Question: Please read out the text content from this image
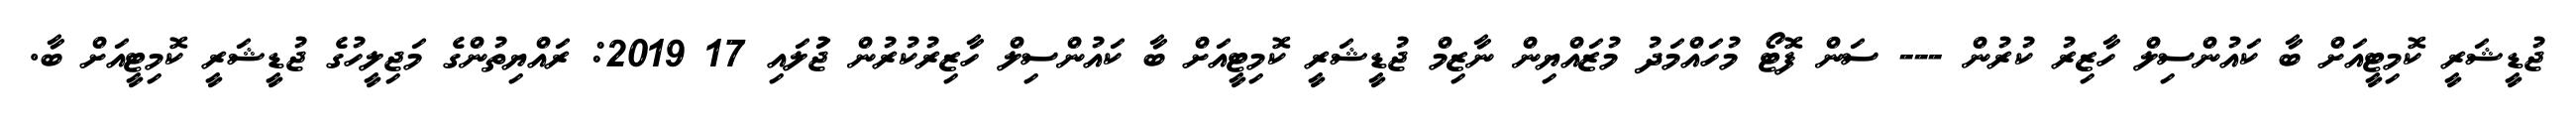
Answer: ޖުޑީޝަރީ ކޮމިޓީއަށް ބާ ކައުންސިލް ހާޒިރު ކުރުން --- ސަން ފޮޓޯ މުހައްމަދު މުޒައްޔިން ނާޒިމް ޖުޑީޝަރީ ކޮމިޓީއަށް ބާ ކައުންސިލް ހާޒިރުކުރުން ޖުަލައި 17 2019: ރައްޔިތުންގެ މަޖިލީހުގެ ޖުޑީޝަރީ ކޮމިޓީއަށް ބާ.